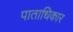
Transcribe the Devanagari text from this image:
पाताधिकार